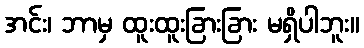
အင်း၊ ဘာမှ ထူးထူးခြားခြား မရှိပါဘူး။